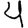
Digit: 4